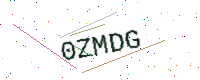
Text: 0ZMDG